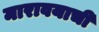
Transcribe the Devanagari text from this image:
मारावयाची